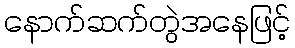
နောက်ဆက်တွဲအနေဖြင့်